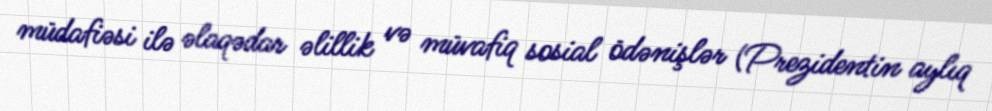
müdafiəsi ilə əlaqədar əlillik və müvafiq sosial ödənişlər (Prezidentin aylıq